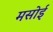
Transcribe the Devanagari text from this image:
मसोई